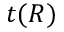
t ( R )